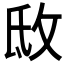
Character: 𢼕